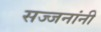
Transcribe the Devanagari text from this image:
सज्जनांनी